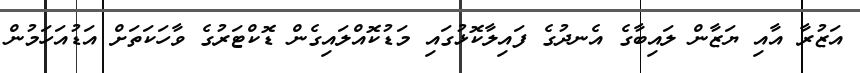
އަޒުރާ އާއި ޔަޒާން ލައިބާގެ އެނދުގެ ފައިލާކޮޅުގައި މަޑުކޮއްލައިގެން ޑޮކްޓަރުގެ ވާހަކަތަށް އަޑުއަހަމުން